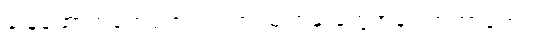
ခြေထောက်တွေဖောလာတာ၊ မျက်နှာတွေအန်းလာတာတွေပါ။